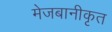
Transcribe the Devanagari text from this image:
मेजबानीकृत